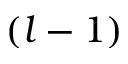
( l - 1 )